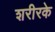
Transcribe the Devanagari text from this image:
शरीरके